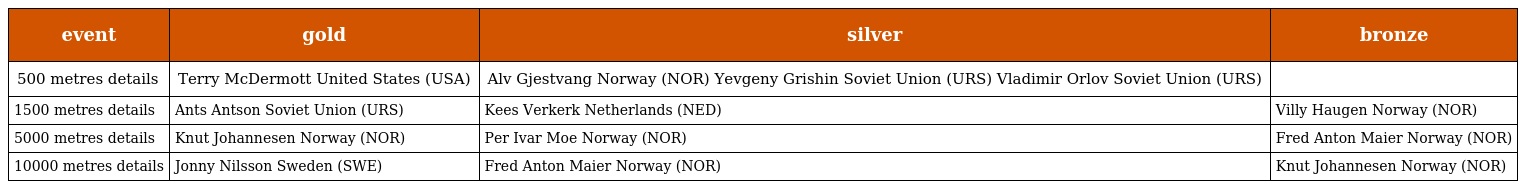
| event | gold | silver | bronze |
 | --- | --- | --- | --- |
 | 500 metres details | Terry McDermott United States (USA) | Alv Gjestvang Norway (NOR) Yevgeny Grishin Soviet Union (URS) Vladimir Orlov Soviet Union (URS) |  |
 | 1500 metres details | Ants Antson Soviet Union (URS) | Kees Verkerk Netherlands (NED) | Villy Haugen Norway (NOR) |
 | 5000 metres details | Knut Johannesen Norway (NOR) | Per Ivar Moe Norway (NOR) | Fred Anton Maier Norway (NOR) |
 | 10000 metres details | Jonny Nilsson Sweden (SWE) | Fred Anton Maier Norway (NOR) | Knut Johannesen Norway (NOR) |